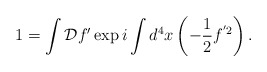
\begin{align*}1 = \int{\cal D}f'\exp i\int d^{4}x\left(-\frac{1}{2}f^{'2}\right) .\end{align*}